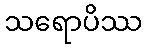
သရောပိဿ